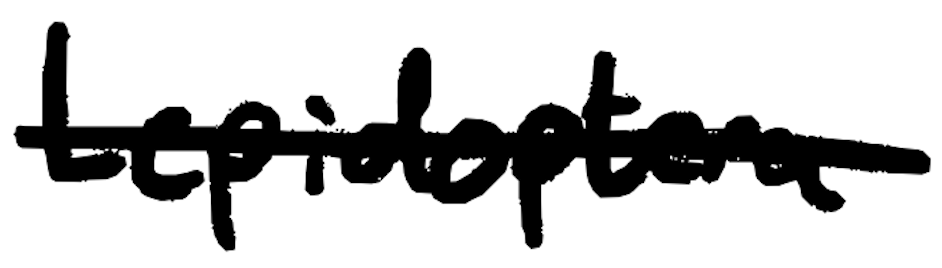
Text: Lepidoptera
Cross-out: single-line
Writing tool: digital_black